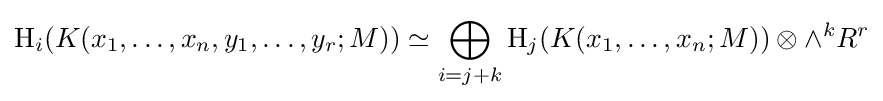
\operatorname {H} _{i}(K(x_{1},\dots ,x_{n},y_{1},\dots ,y_{r};M))\simeq \bigoplus _{i=j+k}\operatorname {H} _{j}(K(x_{1},\dots ,x_{n};M))\otimes \wedge ^{k}R^{r}